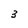
Character: 3